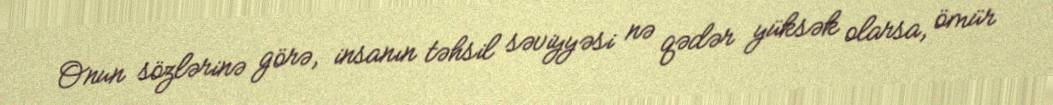
Onun sözlərinə görə, insanın təhsil səviyyəsi nə qədər yüksək olarsa, ömür